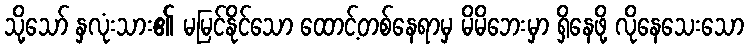
သို့သော် နှလုံးသား၏ မမြင်နိုင်သော ထောင့်တစ်နေရာမှ မိမိဘေးမှာ ရှိနေဖို့ လိုနေသေးသော